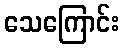
သေကြောင်း